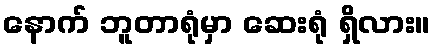
နောက် ဘူတာရုံမှာ ဆေးရုံ ရှိလား။